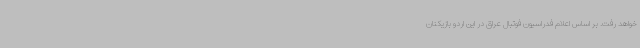
خواهد رفت. بر اساس اعلام فدراسیون فوتبال عراق در این اردو بازیکنان